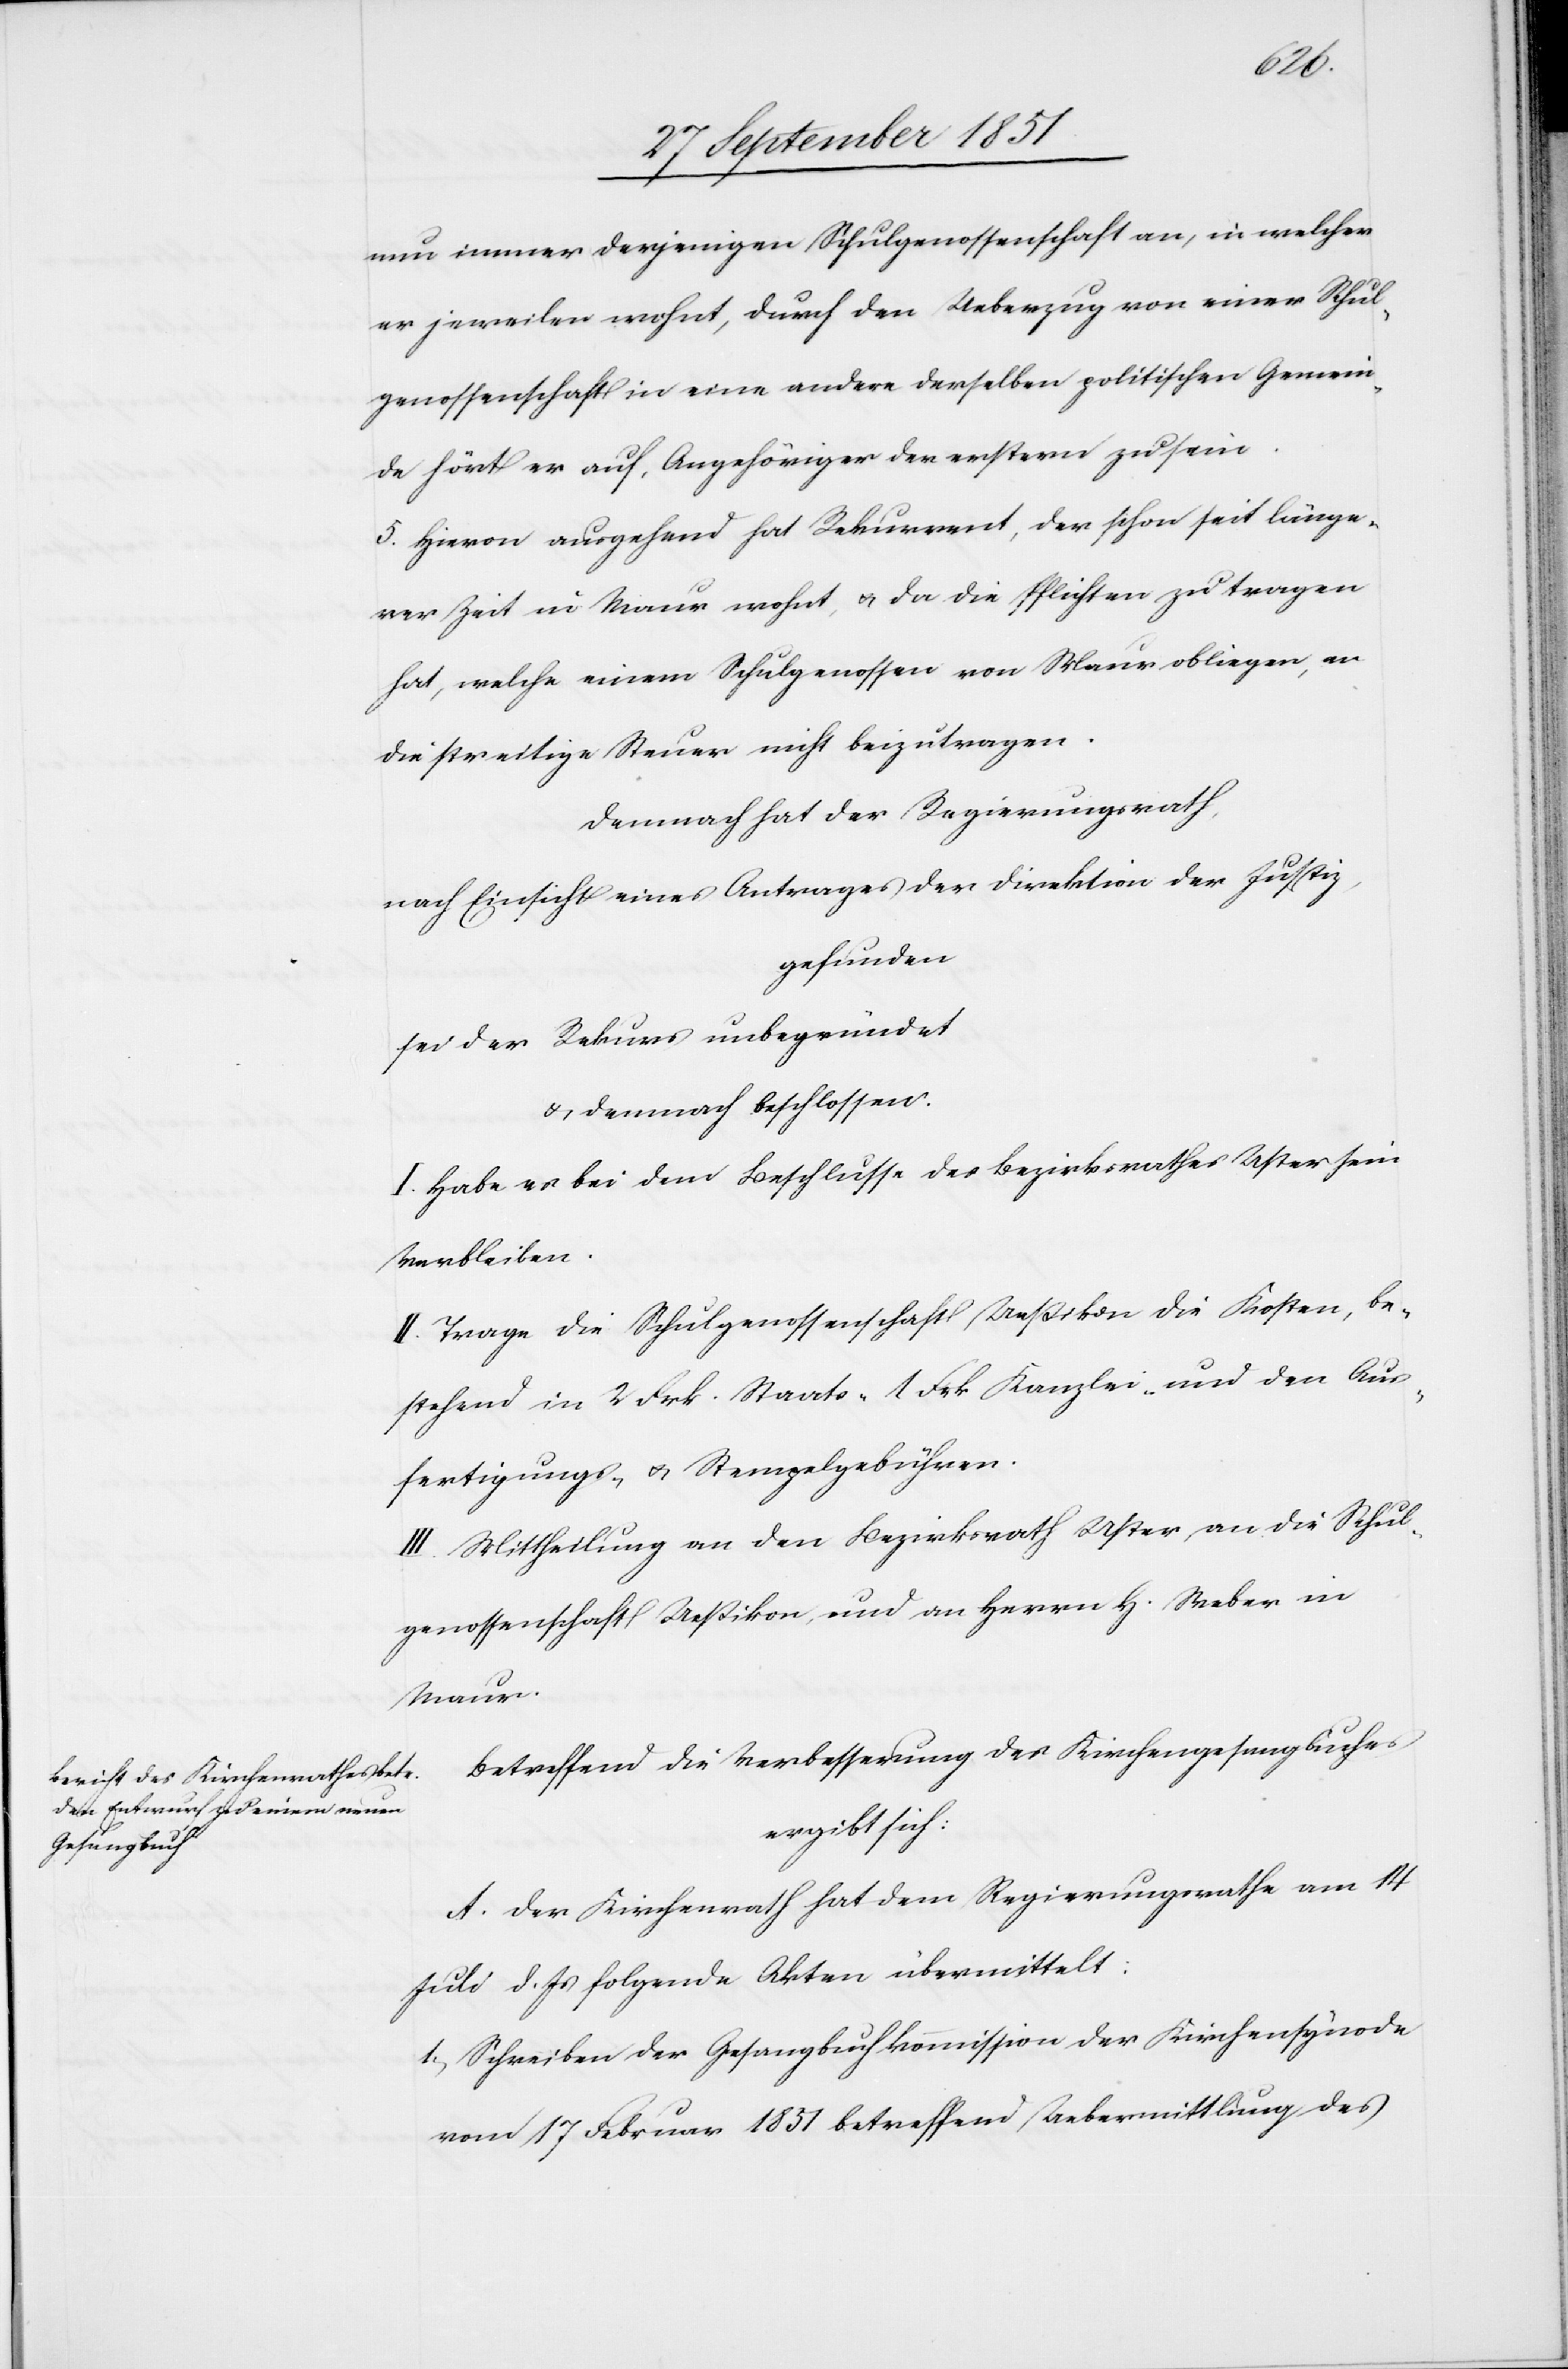
nun immer derjenigen Schulgenossenschaft an, in welcher
er jeweilen wohnt, durch den Ueberzug von einer Schul¬
genossenschaft in eine andere derselben politischen Gemein¬
de hört er auf, Angehöriger der erstern zu sein.
5. Hievon ausgehend hat Rekurrent, der schon seit länge¬
rer Zeit in Maur wohnt, & da die Pflichten zu tragen
hat, welche einem Schulgenossen von Maur obliegen, an
die streitige Steuer nicht beizutragen.
Demnach hat der Regierungsrath,
nach Einsicht eines Antrages der Direktion der Justiz,
gefunden
sei der Rekurs unbegründet
& demnach beschlossen.
I. Habe es bei dem Beschlusse des Bezirksrathes Uster sein
Verbleiben.
II. Trage die Schulgenossenschaft Ueßikon die Kosten, be¬
stehend in 2 Frk. Staats-[,] 1 Frk Kanzlei- und den Aus¬
fertigungs- & Stempelgebühren.
III. Mittheilung an den Bezirksrath Uster, an die Schul¬
genossenschaft Ueßikon, und an Herrn H. Weber in
Maur.
Betreffend die Verbesserung des Kirchengesangbuches
ergibt sich:
A. Der Kirchenrath hat dem Regierungsrathe am 14
Juli d. Js folgende Akten übermittelt:
Schreiben der Gesangbuchkommission der Kirchensynode
vom 17 Februar 1851 betreffend Uebermittlung des